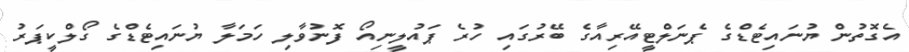
އެގޮތުން ޔުނައިޓެޑްގެ ޕެނަލްޓީއޭރިއާގެ ބޭރުގައި ހުރެ ޕައުލީނިއޯ ފޮނުވާލި ހަމަލާ ޔުނައިޓެޑްގެ ގޯލްކީޕަރު